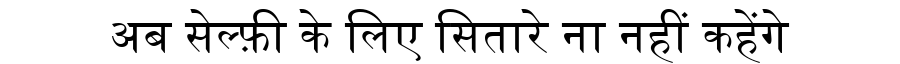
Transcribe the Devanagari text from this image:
अब सेल्फ़ी के लिए सितारे ना नहीं कहेंगे